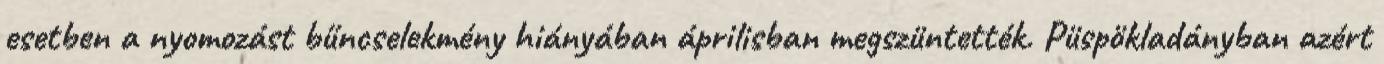
esetben a nyomozást bűncselekmény hiányában áprilisban megszüntették. Püspökladányban azért